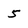
Character: 5